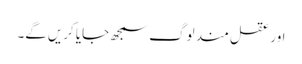
اور عقل مند لوگ سمجھ جایا کریں‌گے۔